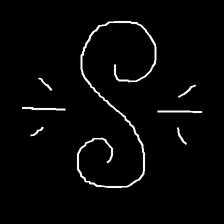
Glyph: wind-directs-air